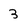
Character: 3